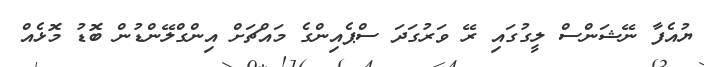
ޔުއެފާ ނޭޝަންސް ލީގުގައި ރޭ ވަރުގަދަ ސްޕެއިންގެ މައްޗަށް އިންގްލޭންޑުން ބޮޑު މޮޅެއް